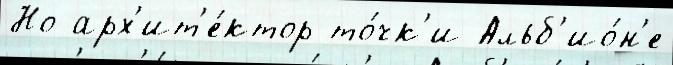
Но арх'ит'е́ктор то́чк'и Альб'ио́н'е